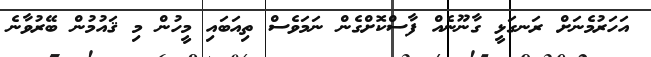
އަހަރުމެނަށް ރަނގަޅީ ގާނޫނެއް ފާސްކޮށްގެން ނަމަވެސް ތިއަބައި މީހުން މި ޤައުމުން ބޭރުވާނެ